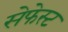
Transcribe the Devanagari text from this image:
सेफेस्ट